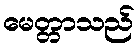
မေတ္တာသည်